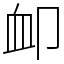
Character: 卹